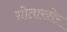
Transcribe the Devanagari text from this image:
ग़ोताखोर